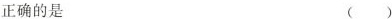
正确的是 ( )